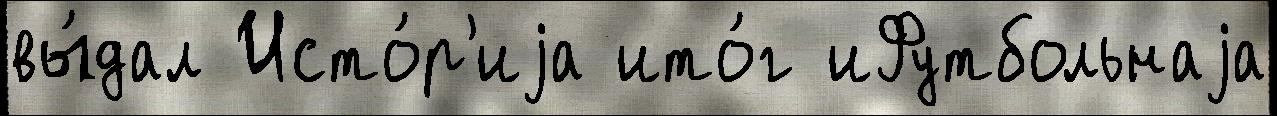
вы́дал Исто́р'иjа ито́г иФутбольнаjа